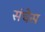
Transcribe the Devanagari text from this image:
संचेस